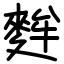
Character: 麰